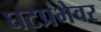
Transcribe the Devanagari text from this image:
घटप्रभेवर